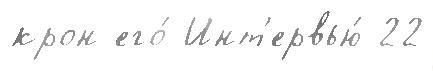
крон его́ Инт'ервью́ 22